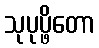
သုပုပ္ဖိတော